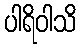
ပါရိဝါသိ